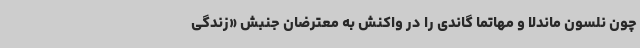
چون نلسون ماندلا و مهاتما گاندی را در واکنش به معترضان جنبش «زندگی